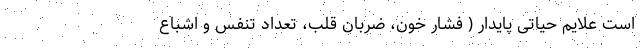
است علایم حیاتی پایدار ( فشار خون، ضربان قلب، تعداد تنفس و اشباع